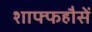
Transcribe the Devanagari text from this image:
शाफ्फहौसें